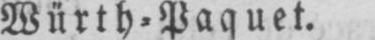
Würth⸗Paquet.